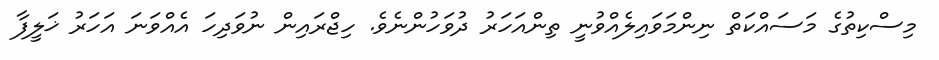
މިސްކިތުގެ މަސައްކަތް ނިންމަވައިލެއްވުނީ ތިންއަހަރު ދުވަހުންނެވެ. ހިޖްރައިން ނުވަދިހަ އެއްވަނަ އަހަރު ޚަލީފާ